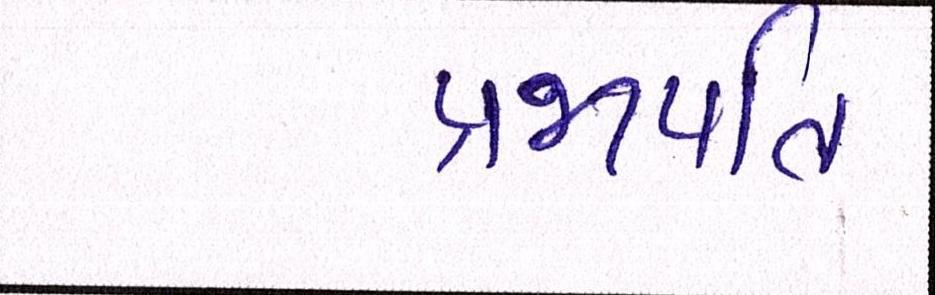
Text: પ્રજાપતિ